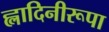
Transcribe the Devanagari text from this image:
ह्लादिनीरूपा